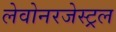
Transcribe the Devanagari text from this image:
लेवोनरजेस्ट्रल